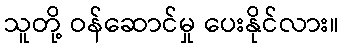
သူတို့ ဝန်ဆောင်မှု ပေးနိုင်လား။